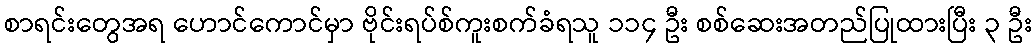
စာရင်းတွေအရ ဟောင်ကောင်မှာ ဗိုင်းရပ်စ်ကူးစက်ခံရသူ ၁၁၄ ဦး စစ်ဆေးအတည်ပြုထားပြီး ၃ ဦး